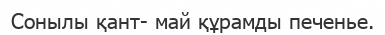
Сонылы қант- май құрамды печенье.